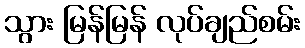
သွား မြန်မြန် လုပ်ချည်စမ်း